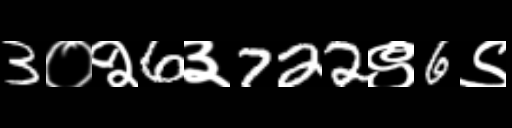
Text: 3०२6३722९6९